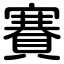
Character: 賽